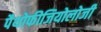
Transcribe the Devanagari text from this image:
पैथोफीजियोलोजी